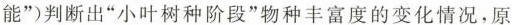
能”)判断出”小叶树种阶段”物种丰富度的变化情况，原